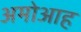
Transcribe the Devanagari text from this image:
अमोआह